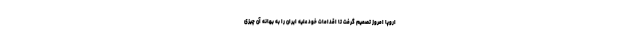
اروپا امروز تصمیم گرفت تا اقدامات خود علیه ایران را به بهانه آن چیزی